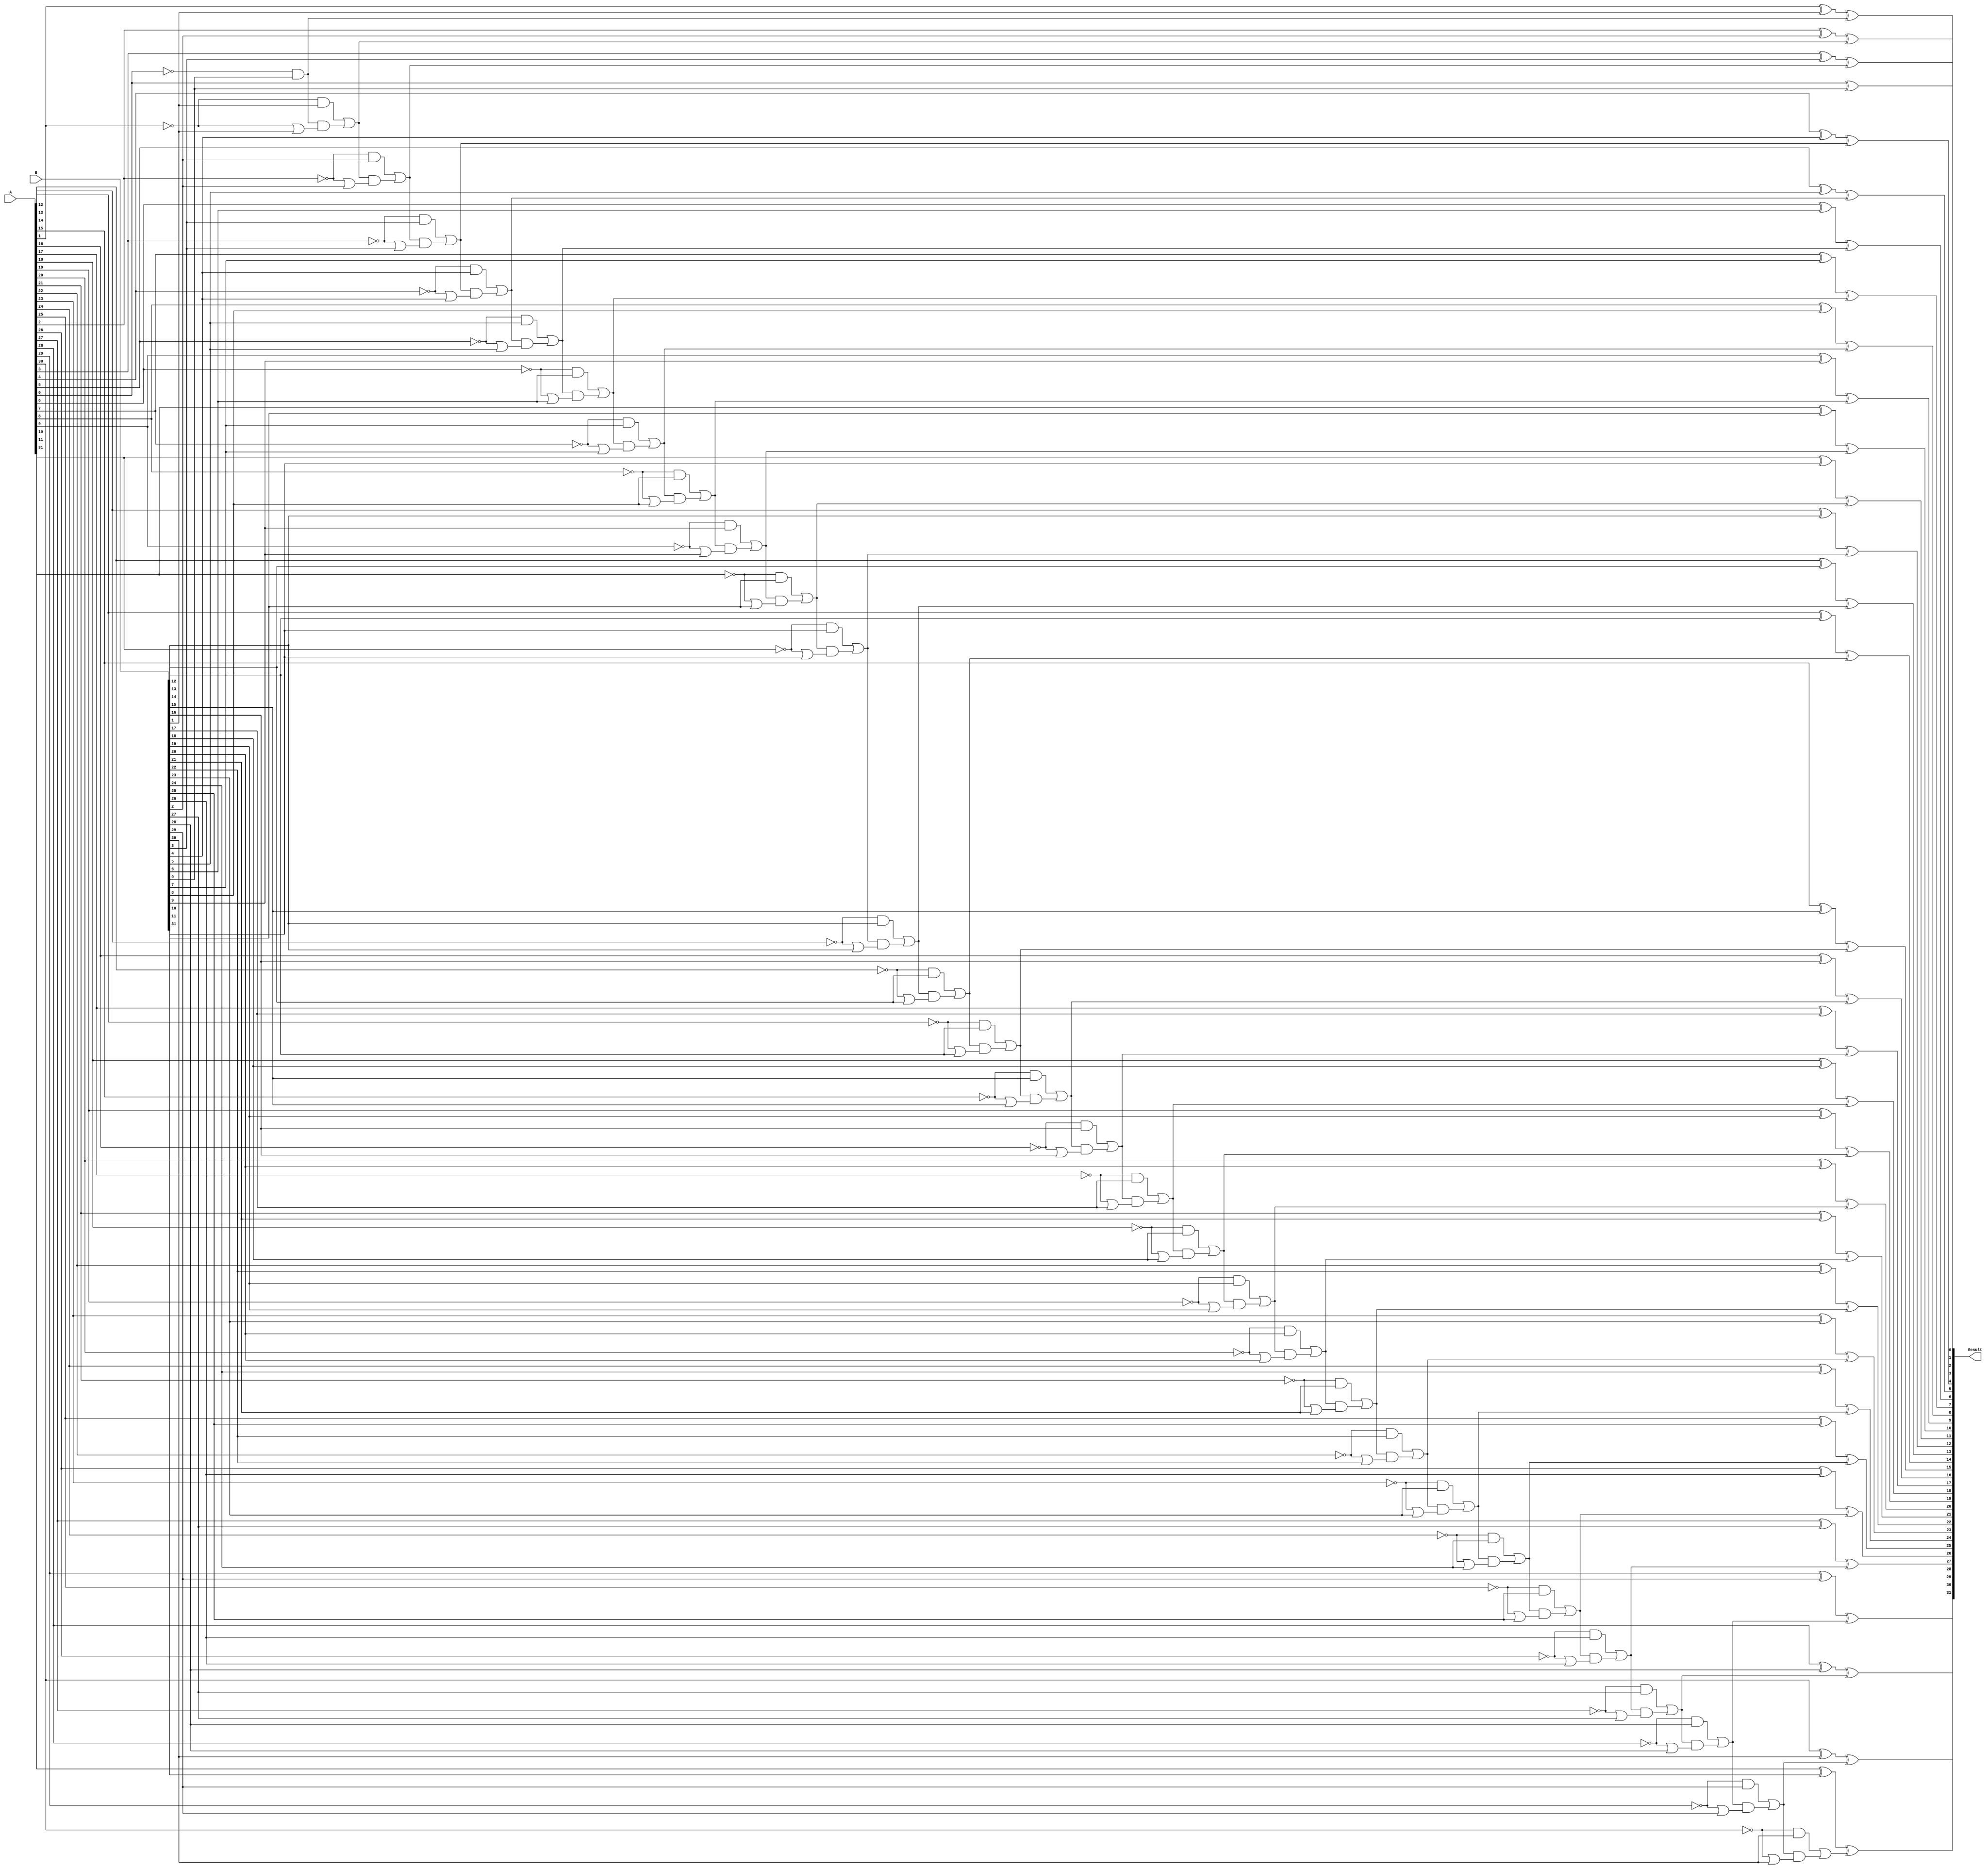
// Ripple Carry Subtractor
module subtractor(A, B, Result);

input [31:0] A, B;
output [31:0] Result;

reg [31:0] Result;
reg [32:0] LocalCarry;

integer i;

always@(A or B)
	begin
		LocalCarry = 33'd0;
		for(i = 0; i < 32; i = i + 1)
		begin
				Result[i] = A[i]^B[i]^LocalCarry[i];
				LocalCarry[i+1] = (~A[i]&B[i]) | (LocalCarry[i] & (~A[i]|B[i]));
		end
end
endmodule